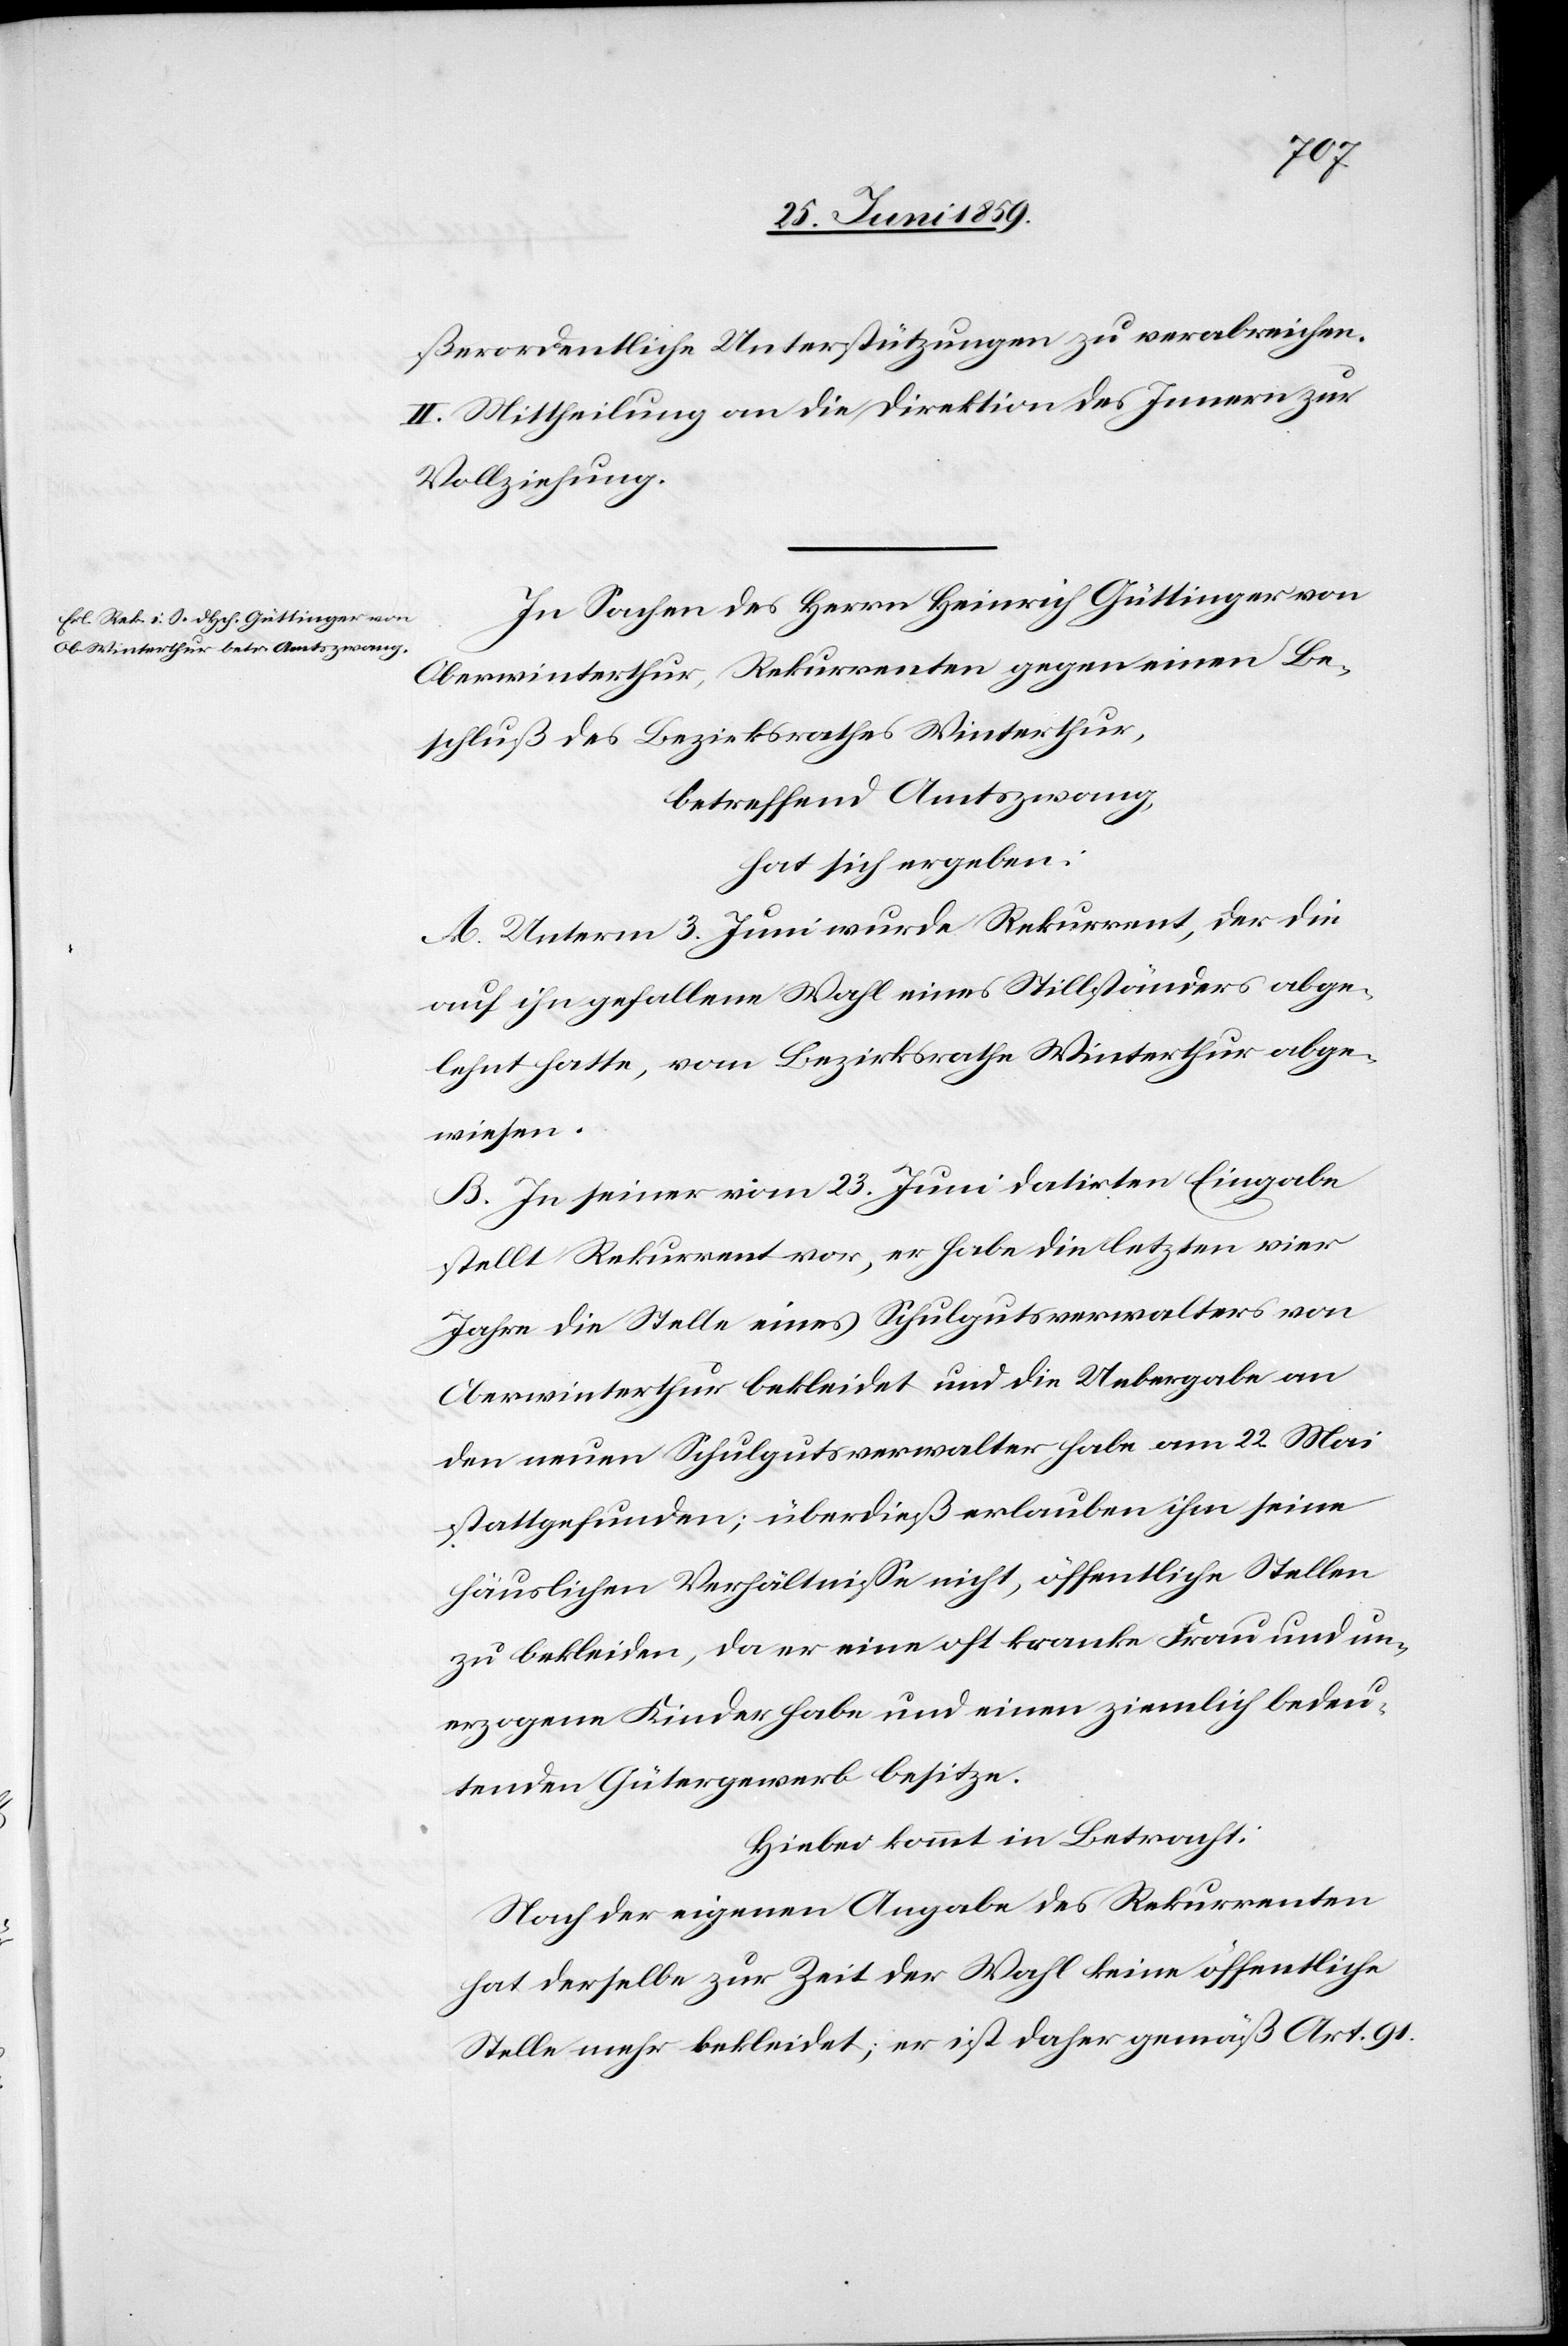
ßerordentliche Unterstützungen zu verabreichen.
II. Mittheilung an die Direktion des Innern zur
Vollziehung.
In Sachen des Herrn Heinrich Güttinger von
Oberwinterthur, Rekurrenten gegen einen Be¬
schluß des Bezirksrathes Winterthur,
betreffend Amtszwang,
hat sich ergeben:
A. Unterm 3. Juni wurde Rekurrent, der die
auf ihn gefallene Wahl eines Stillständers abge¬
lehnt hatte, vom Bezirksrathe Winterthur abge¬
wiesen.
B. In seiner vom 23. Juni datirten Eingabe
stellt Rekurrent vor, er habe die letzten vier
Jahre die Stelle eines Schulgutsverwalters von
Oberwinterthur bekleidet und die Uebergabe an
den neuen Schulgutsverwalter habe am 22. Mai
stattgefunden; überdieß erlauben ihm seine
häuslichen Verhältnisse nicht, öffentliche Stellen
zu bekleiden, da er eine oft kranke Frau und un¬
erzogene Kinder habe und einen ziemlich bedeu¬
tenden Gütergewerb besitze.
Hiebei kommt in Betracht:
Nach der eigenen Angabe des Rekurrenten
hat derselbe zur Zeit der Wahl keine öffentliche
Stelle mehr bekleidet; er ist daher gemäß Art. 91